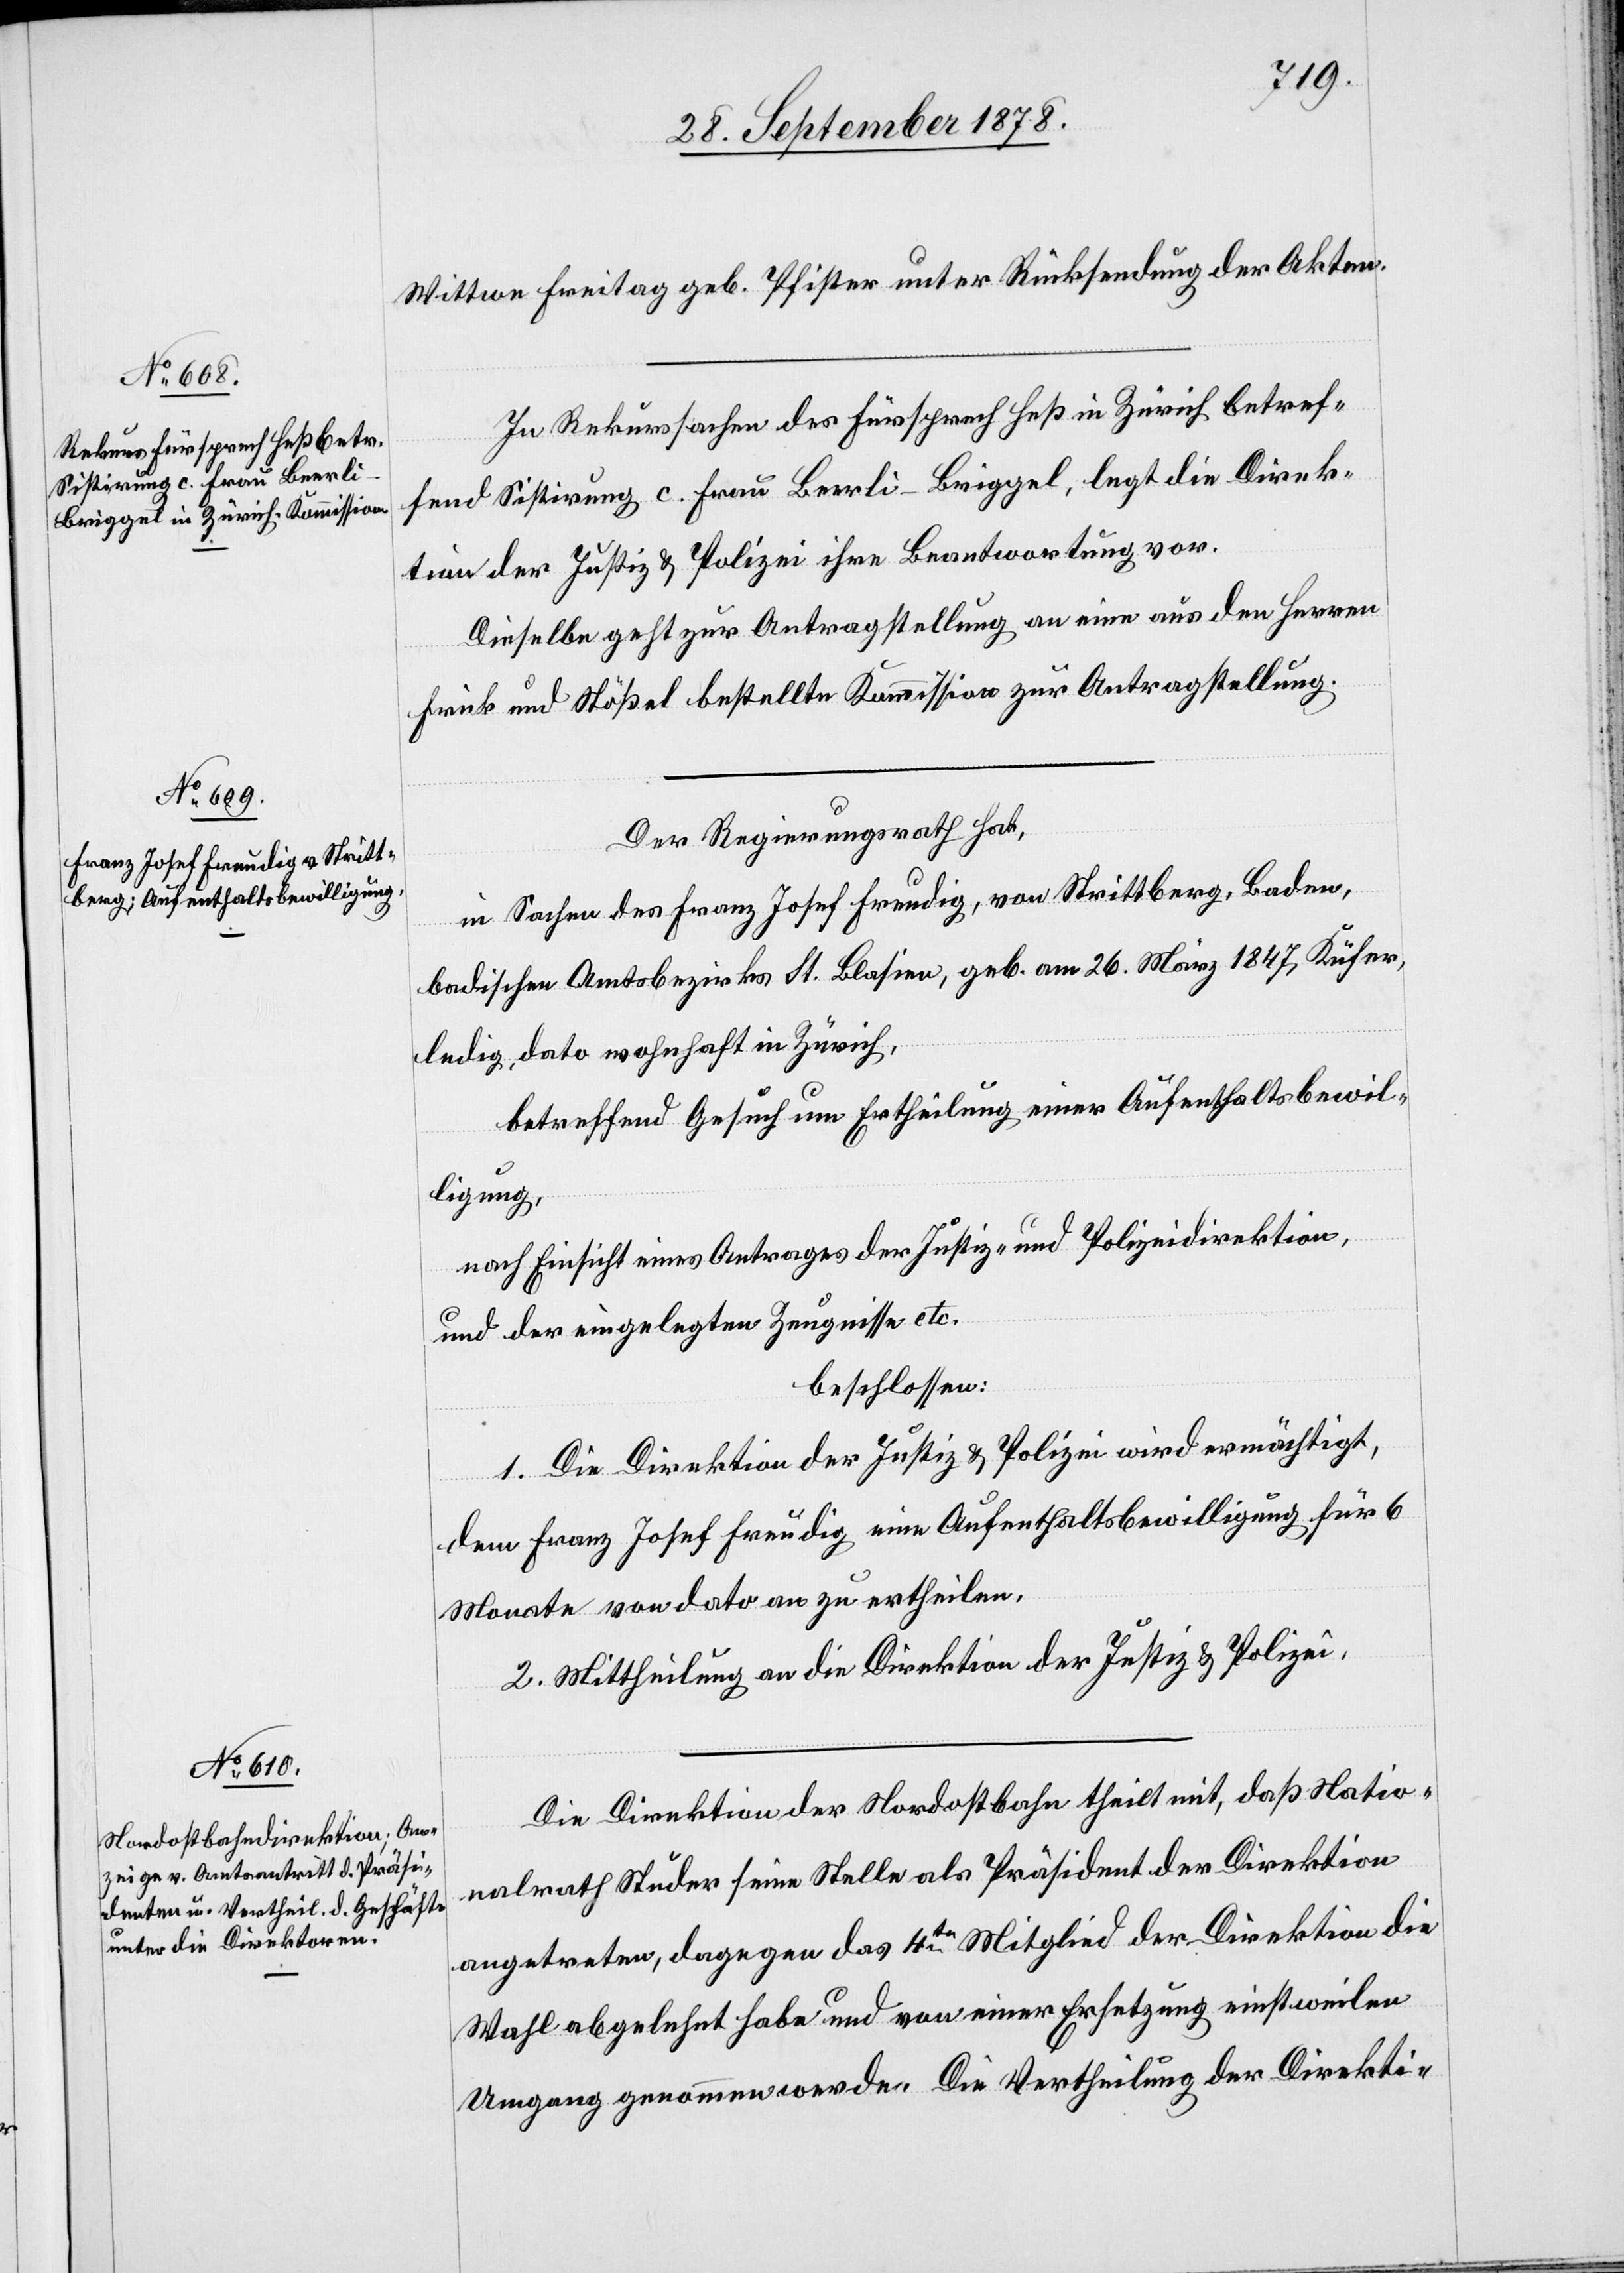
Wittwe Freitag geb. Pfister unter Rücksendung der Akten.
In Rekurssachen des Fürsprech Heß in Zürich betref¬
fend Sistirung c. Frau Beerli-Briggel, legt die Direk¬
tion der Justiz & Polizei ihre Beantwortung vor.
Dieselbe geht zur Antragstellung an eine aus den Herren
Frick und Stößel bestellte Kommission zur Antragstellung.
Der Regierungsrath hat,
in Sachen des Franz Josef Freudig, von Strittberg, Baden,
badischen Amtsbezirks St. Blasien, geb. am 26. März 1847, Küfer,
ledig, dato wohnhaft in Zürich,
betreffend Gesuch um Ertheilung einer Aufenthaltsbewil¬
ligung,
nach Einsicht eines Antrages der Justiz- & Polizeidirektion,
und der eingelegten Zeugnisse etc.
beschlossen:
1. Die Direktion der Justiz & Polizei wird ermächtigt,
dem Franz Josef Freudig eine Aufenthaltsbewilligung für 6
Monate von dato an zu ertheilen.
2. Mittheilung an die Direktion der Justiz & Polizei.
Die Direktion der Nordostbahn theilt mit, daß Natio¬
nalrath Studer seine Stelle als Präsident der Direktion
angetreten, dagegen das 4te Mitglied der Direktion die
Wahl abgelehnt habe und von einer Ersetzung einstweilen
Umgang genommen werde. Die Vertheilung der Direkti-